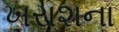
ખરાશના